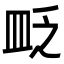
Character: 𥁔